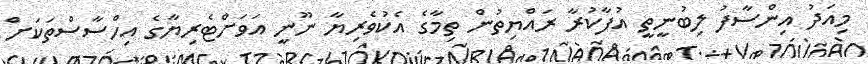
މިއަދު އިންސާފު ލިބުނީތީ އުފާކުރާ ރައްޔިތުން ތިމާގެ އެކުވެރިޔާ ނޫނީ އަވަށްޓެރިޔާގެ އިހްސާސްތަކަށް